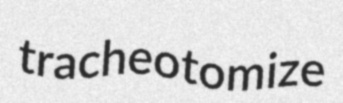
tracheotomize